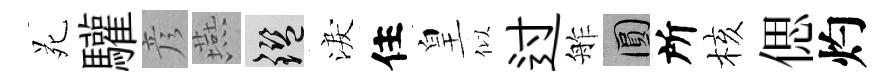
苑驩彦燕鑒淚住皇似过舴圓所核偲灼